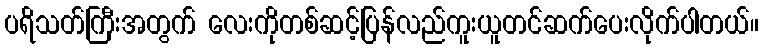
ပရိသတ်ကြီးအတွက် လေးကိုတစ်ဆင့်ပြန်လည်ကူးယူတင်ဆက်ပေးလိုက်ပါတယ်။